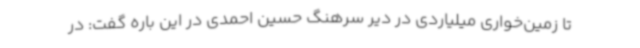
تا زمین‌خواری میلیاردی در دیر سرهنگ حسین احمدی در این باره گفت: در